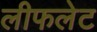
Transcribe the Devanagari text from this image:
लीफलेट